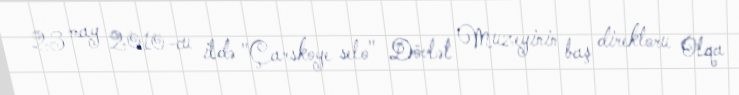
23 may 2010-cu ildə "Çarskoye selo" Dövlət Muzeyinin baş direktoru Olqa